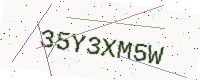
Text: 35Y3XM5W